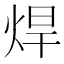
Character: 焊